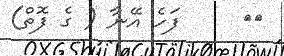
٣١     ފަހެ އޭނާ ( ގެ ފޮތް)